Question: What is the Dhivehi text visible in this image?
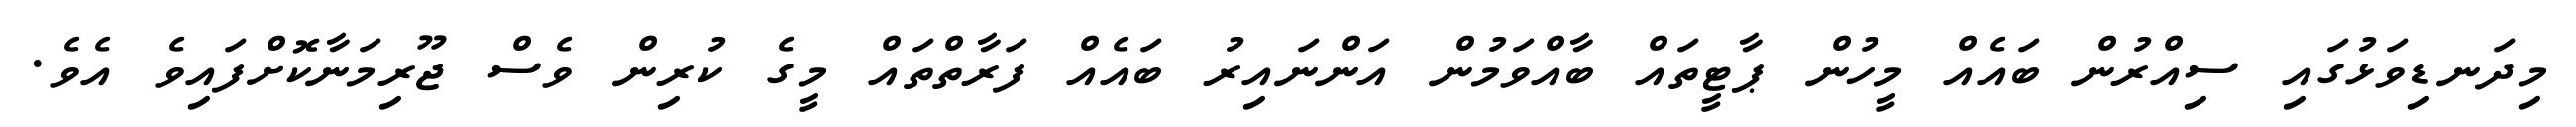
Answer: މިދަނޑިވަޅުގައި ސިއްރުން ބައެއް މީހުން ޕާޓީތައް ބާއްވަމުން އަންނައިރު ބައެއް ފަރާތްތައް މީގެ ކުރިން ވެސް ޖޫރިމަނާކޮށްފައިވެ އެވެ.